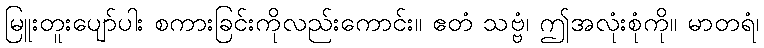
မြူးတူးပျော်ပါး စကားခြင်းကိုလည်းကောင်း။ ဧတံ သဗ္ဗံ၊ ဤအလုံးစုံကို။ မာတရံ၊